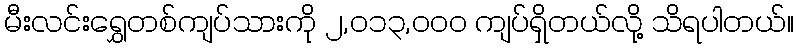
မီးလင်းရွှေတစ်ကျပ်သားကို ၂,၀၁၃,၀၀၀ ကျပ်ရှိတယ်လို့ သိရပါတယ်။